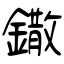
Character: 鏾